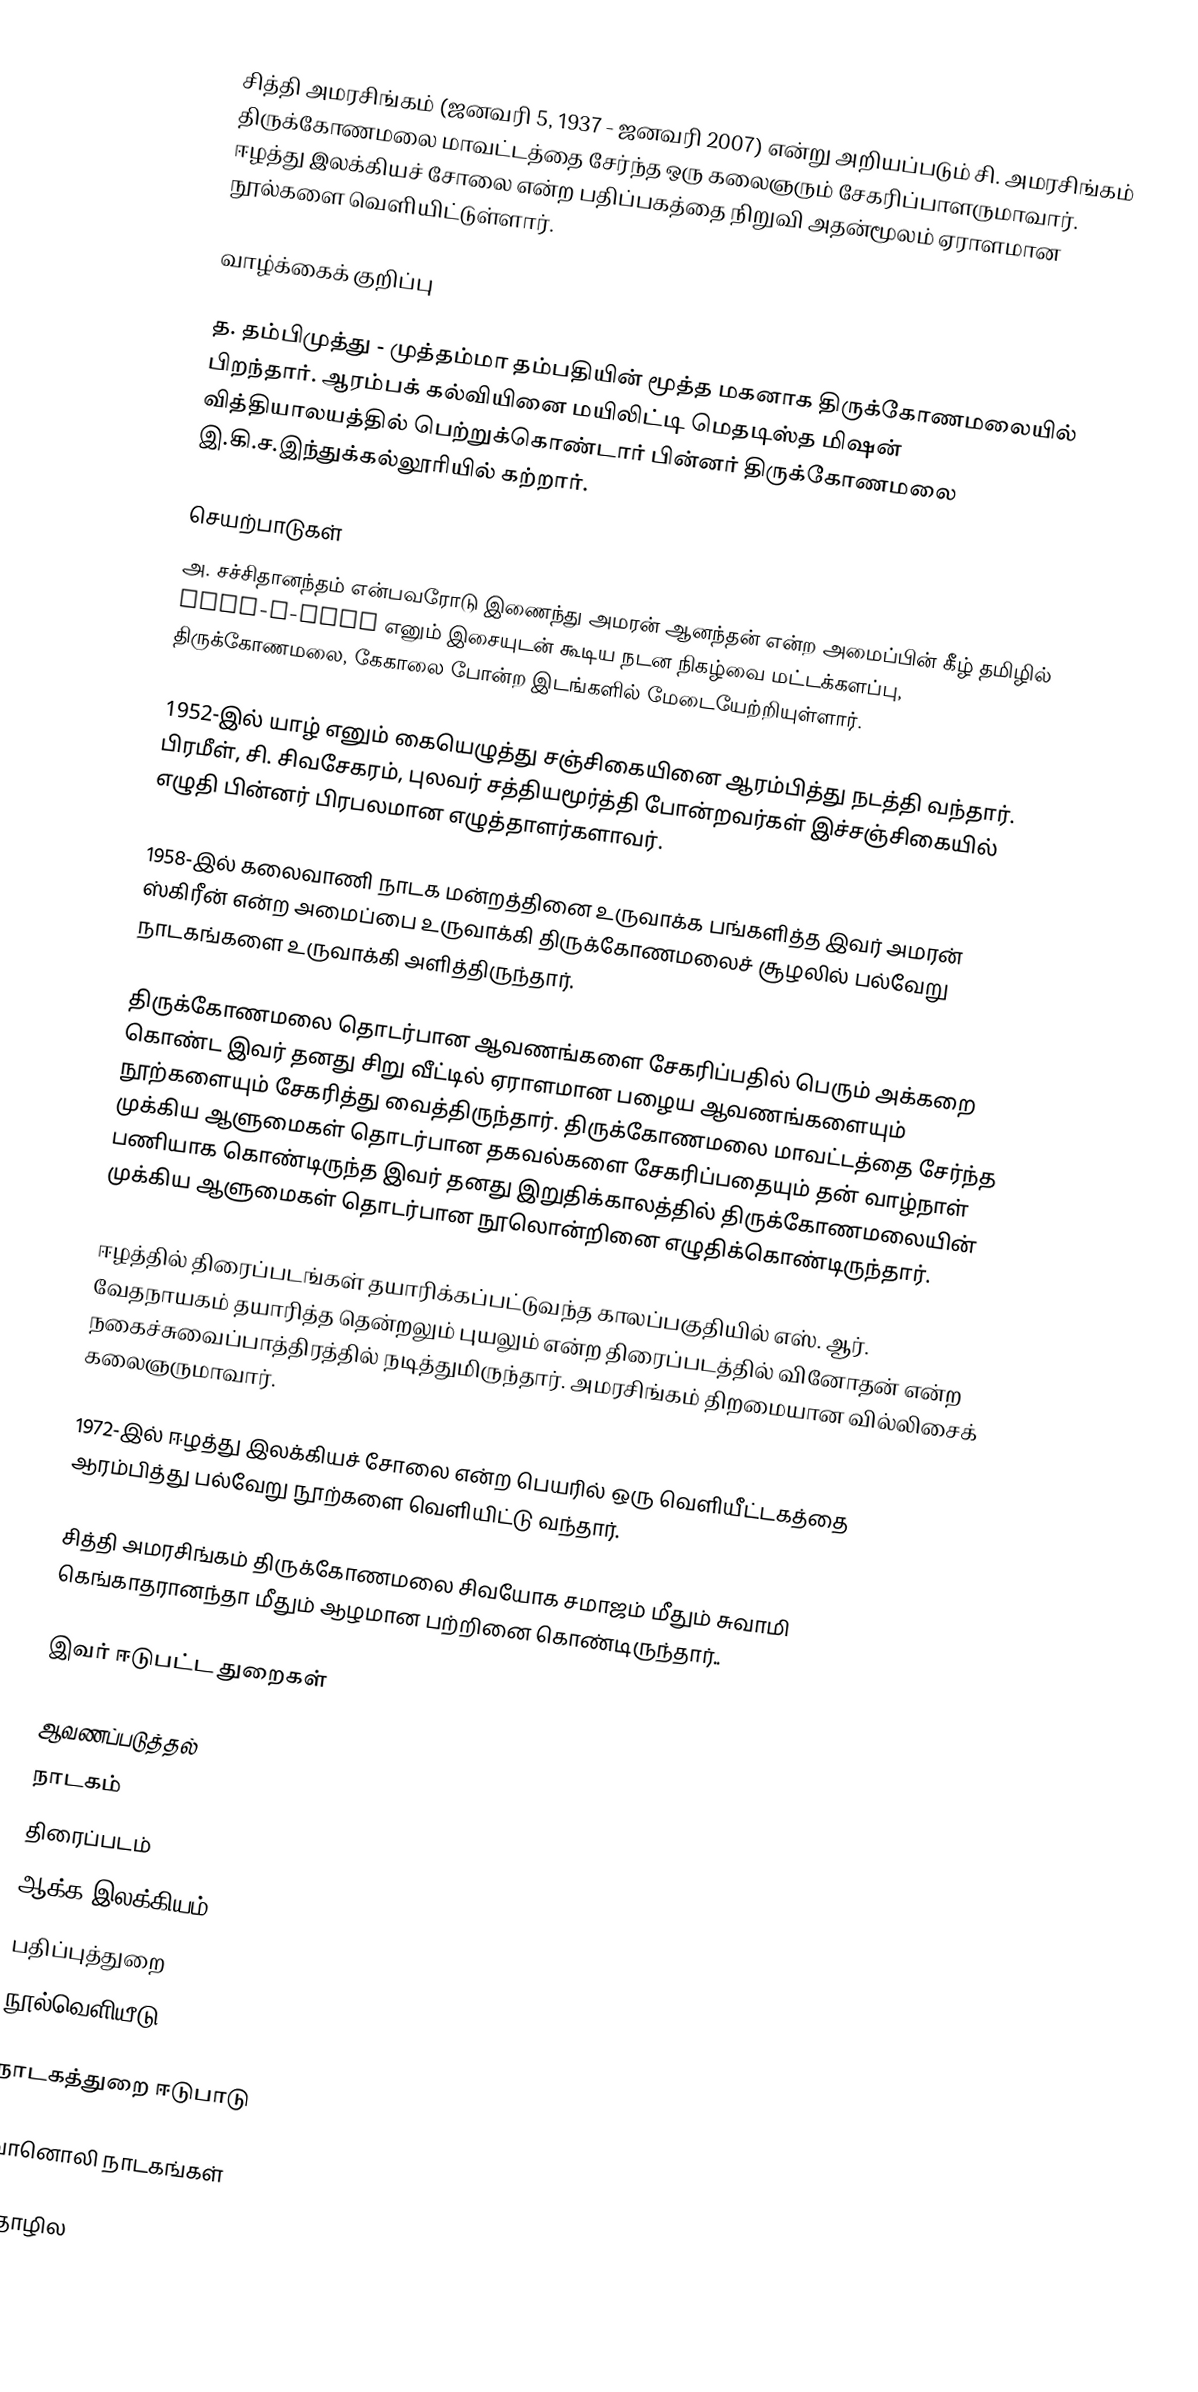
சித்தி அமரசிங்கம் (ஜனவரி 5, 1937 - ஜனவரி 2007) என்று அறியப்படும் சி. அமரசிங்கம்  திருக்கோணமலை மாவட்டத்தை சேர்ந்த ஒரு கலைஞரும் சேகரிப்பாளருமாவார். ஈழத்து இலக்கியச் சோலை என்ற பதிப்பகத்தை நிறுவி அதன்மூலம் ஏராளமான நூல்களை வெளியிட்டுள்ளார்.

வாழ்க்கைக் குறிப்பு

த. தம்பிமுத்து - முத்தம்மா தம்பதியின் மூத்த மகனாக திருக்கோணமலையில் பிறந்தார். ஆரம்பக் கல்வியினை மயிலிட்டி மெதடிஸ்த மிஷன் வித்தியாலயத்தில் பெற்றுக்கொண்டார் பின்னர் திருக்கோணமலை இ.கி.ச.இந்துக்கல்லூரியில் கற்றார்.

செயற்பாடுகள்
அ. சச்சிதானந்தம் என்பவரோடு இணைந்து அமரன் ஆனந்தன் என்ற அமைப்பின் கீழ் தமிழில் ROCK-N-ROLL எனும் இசையுடன் கூடிய நடன நிகழ்வை மட்டக்களப்பு, திருக்கோணமலை, கேகாலை போன்ற இடங்களில் மேடையேற்றியுள்ளார்.

1952-இல் யாழ் எனும் கையெழுத்து சஞ்சிகையினை ஆரம்பித்து நடத்தி வந்தார். பிரமீள், சி. சிவசேகரம், புலவர் சத்தியமூர்த்தி போன்றவர்கள் இச்சஞ்சிகையில் எழுதி பின்னர் பிரபலமான எழுத்தாளர்களாவர்.

1958-இல் கலைவாணி நாடக மன்றத்தினை உருவாக்க பங்களித்த இவர் அமரன் ஸ்கிரீன் என்ற அமைப்பை உருவாக்கி திருக்கோணமலைச் சூழலில் பல்வேறு நாடகங்களை உருவாக்கி அளித்திருந்தார்.

திருக்கோணமலை தொடர்பான ஆவணங்களை சேகரிப்பதில் பெரும் அக்கறை கொண்ட இவர் தனது சிறு வீட்டில் ஏராளமான பழைய ஆவணங்களையும் நூற்களையும் சேகரித்து வைத்திருந்தார். திருக்கோணமலை மாவட்டத்தை சேர்ந்த முக்கிய ஆளுமைகள் தொடர்பான தகவல்களை சேகரிப்பதையும் தன் வாழ்நாள் பணியாக கொண்டிருந்த இவர் தனது இறுதிக்காலத்தில் திருக்கோணமலையின் முக்கிய ஆளுமைகள் தொடர்பான நூலொன்றினை எழுதிக்கொண்டிருந்தார்.

ஈழத்தில் திரைப்படங்கள் தயாரிக்கப்பட்டுவந்த காலப்பகுதியில் எஸ். ஆர். வேதநாயகம் தயாரித்த  தென்றலும் புயலும் என்ற திரைப்படத்தில் வினோதன் என்ற நகைச்சுவைப்பாத்திரத்தில் நடித்துமிருந்தார். அமரசிங்கம் திறமையான வில்லிசைக் கலைஞருமாவார்.

1972-இல் ஈழத்து இலக்கியச் சோலை என்ற பெயரில் ஒரு வெளியீட்டகத்தை ஆரம்பித்து பல்வேறு நூற்களை வெளியிட்டு வந்தார்.

சித்தி அமரசிங்கம் திருக்கோணமலை சிவயோக சமாஜம் மீதும் சுவாமி கெங்காதரானந்தா மீதும் ஆழமான பற்றினை கொண்டிருந்தார்..

இவர் ஈடுபட்ட துறைகள்

 ஆவணப்படுத்தல்
 நாடகம்
 திரைப்படம்
 ஆக்க இலக்கியம்
 பதிப்புத்துறை
 நூல்வெளியீடு

நாடகத்துறை ஈடுபாடு

வானொலி நாடகங்கள்

தொழில